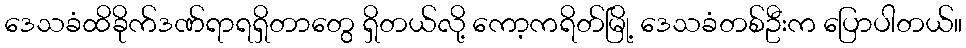
ဒေသခံထိခိုက်ဒဏ်ရာရရှိတာတွေ ရှိတယ်လို့ ကော့ကရိတ်မြို့ ဒေသခံတစ်ဦးက ပြောပါတယ်။